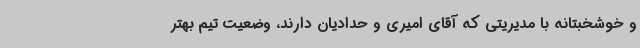
و خوشخبتانه با مدیریتی که آقای امیری و حدادیان دارند، وضعیت تیم بهتر